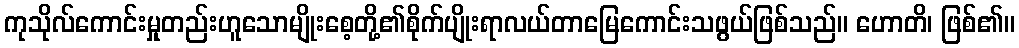
ကုသိုလ်ကောင်းမှုတည်းဟူသောမျိုးစေ့တို့၏စိုက်ပျိုးရာလယ်တာမြေကောင်းသဖွယ်ဖြစ်သည်။ ဟောတိ၊ ဖြစ်၏။